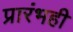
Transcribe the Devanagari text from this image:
प्रारंभही